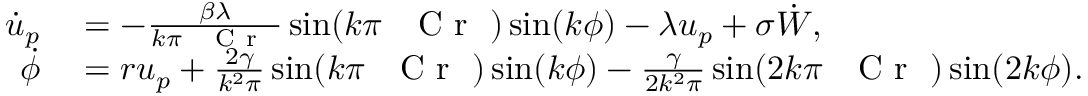
\begin{array} { r l } { \dot { u } _ { p } } & { { } = - \frac { \beta \lambda } { k \pi \mathrm { ~ \textit ~ { ~ C ~ r ~ } ~ } } \sin ( k \pi \mathrm { ~ \textit ~ { ~ C ~ r ~ } ~ } ) \sin ( k \phi ) - \lambda u _ { p } + \sigma \dot { W } , } \\ { \dot { \phi } } & { { } = r u _ { p } + \frac { 2 \gamma } { k ^ { 2 } \pi } \sin ( k \pi \mathrm { ~ \textit ~ { ~ C ~ r ~ } ~ } ) \sin ( k \phi ) - \frac { \gamma } { 2 k ^ { 2 } \pi } \sin ( 2 k \pi \mathrm { ~ \textit ~ { ~ C ~ r ~ } ~ } ) \sin ( 2 k \phi ) . } \end{array}